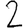
Digit: 2